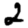
Digit: 2